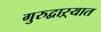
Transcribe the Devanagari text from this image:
गुरुद्वाऱ्यात